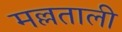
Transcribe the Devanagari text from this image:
मल्लताली